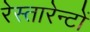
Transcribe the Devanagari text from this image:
रेस्तारेन्टों